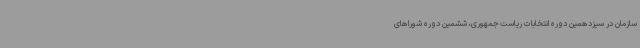
سازمان در سیزدهمین دوره انتخابات ریاست جمهوری، ششمین دوره شوراهای